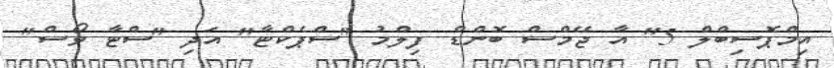
އިމްޕޮސިބްލް 5" އާ ޖޭމްސް ބޮންޑް ފިލްމު "ސްޕެކްޓާ" އަދި "ސްޓާ ވޯސް"